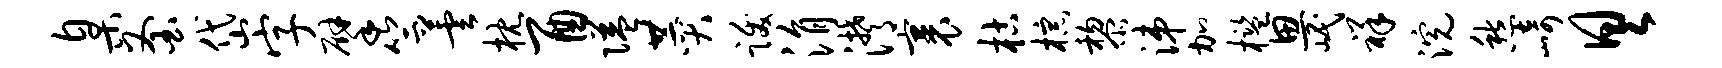
臬釜岱字擘竺芸枕酉隘赞跋涓潸裹枯棕黎涕加槛思岷祥浣愁崎具